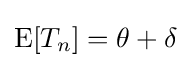
\operatorname {E} [T_{n}]=\theta +\delta